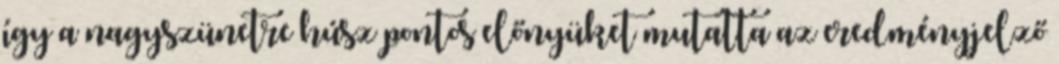
így a nagyszünetre húsz pontos előnyüket mutatta az eredményjelző